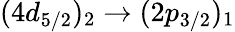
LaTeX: (4d_{5/2})_{2}\rightarrow(2p_{3/2})_{1}